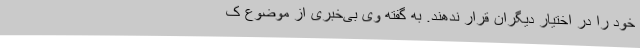
خود را در اختیار دیگران قرار ندهند. به گفته وی بی‌خبری از موضوع ک